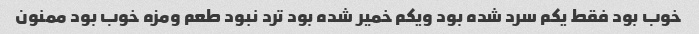
خوب بود فقط یکم سرد شده بود ویکم خمیر شده بود ترد نبود طعم ومزه خوب بود ممنون